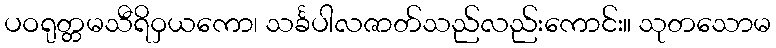
ပဝရုတ္တမသီရိဝှယကော၊ သင်္ခပါလဇာတ်သည်လည်းကောင်း။ သုတသောမ